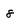
Character: 8